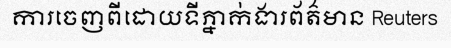
ការចេញពីដោយទីភ្នាក់ងារព័ត៌មាន Reuters